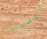
أفسدته